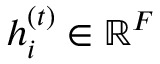
{ h } _ { i } ^ { ( t ) } \in \mathbb { R } ^ { F }